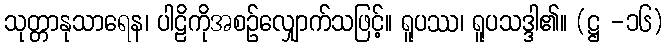
သုတ္တာနုသာရေန၊ ပါဠိကိုအစဉ်လျှောက်သဖြင့်။ ရူပဿ၊ ရူပသဒ္ဒါ၏။ (ဋ္ဌ -၁၆)